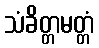
သံခိတ္တမတ္တံ